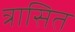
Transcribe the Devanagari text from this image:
त्रासित